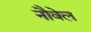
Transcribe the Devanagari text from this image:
नौवेल